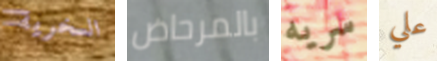
السخرية بالمرحاض سريه علي